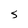
Character: S